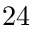
2 4